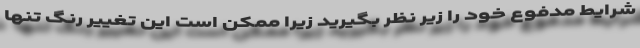
شرایط مدفوع خود را زیر نظر بگیرید زیرا ممکن است این تغییر رنگ تنها